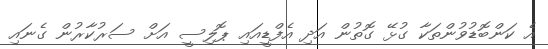
އެ ކަންބޮޑުވުންތަކާ ގުޅޭ ގޮތުން އަދި އެފްޑީއައި ޕޮލިސީ އަށް ސަރުކާރުން ގެނައި